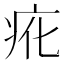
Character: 𭼇